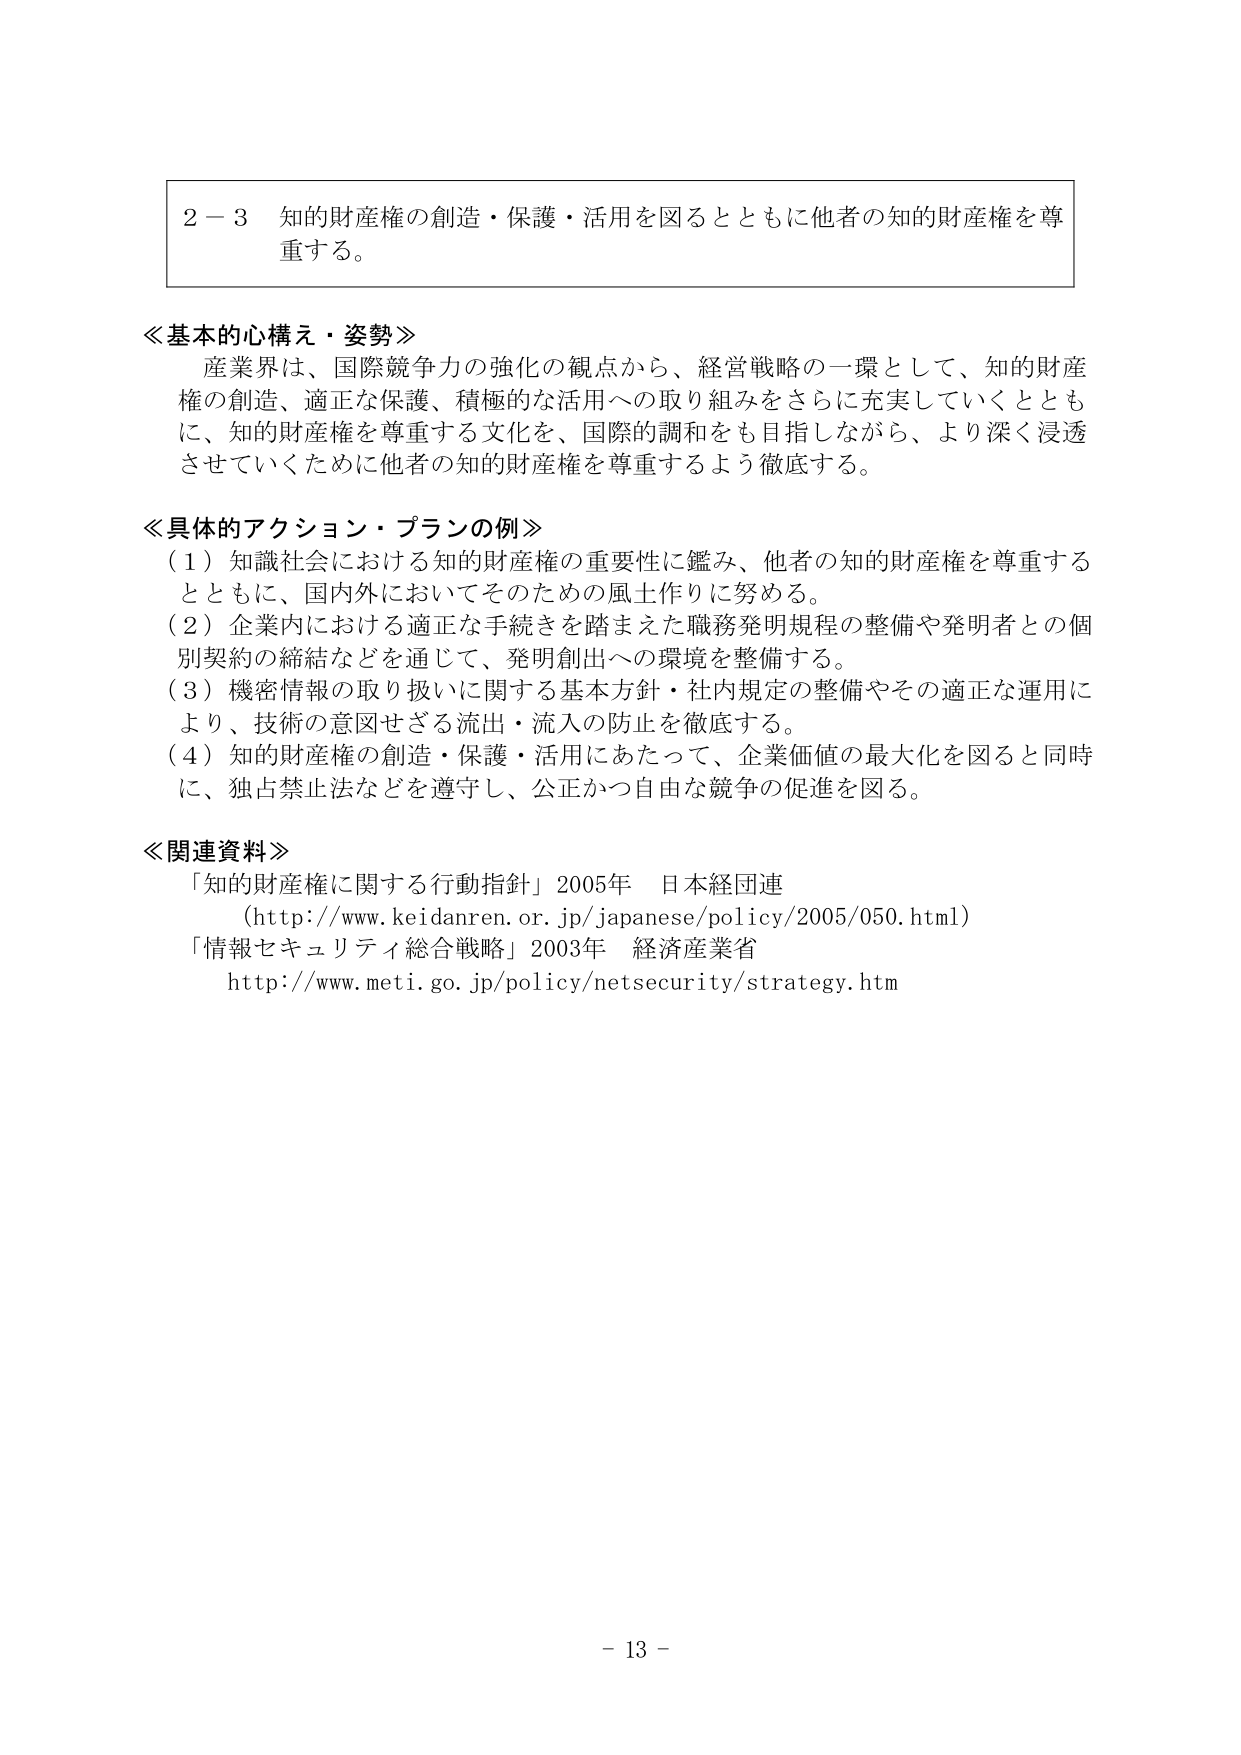
２－３ 知的財産権の創造・保護・活用を図るとともに他者の知的財産権を尊重する。

≪基本的心構え・姿勢≫
産業界は、国際競争力の強化の観点から、経営戦略の一環として、知的財産権の創造、適正な保護、積極的な活用への取り組みをさらに充実していくとともに、知的財産権を尊重する文化を、国際的調和をも目指しながら、より深く浸透させていくために他者の知的財産権を尊重するよう徹底する。

≪具体的アクション・プランの例≫
（１）知識社会における知的財産権の重要性に鑑み、他者の知的財産権を尊重するとともに、国内外においてそのための風土作りに努める。
（２）企業内における適正な手続きを踏まえた職務発明規程の整備や発明者との個別契約の締結などを通じて、発明創出への環境を整備する。
（３）機密情報の取り扱いに関する基本方針・社内規定の整備やその適正な運用により、技術の意図せざる流出・流入の防止を徹底する。
（４）知的財産権の創造・保護・活用にあたって、企業価値の最大化を図ると同時に、独占禁止法などを遵守し、公正かつ自由な競争の促進を図る。

≪関連資料≫
「知的財産権に関する行動指針」2005年 日本経団連
（http://www.keidanren.or.jp/japanese/policy/2005/050.html）
「情報セキュリティ総合戦略」2003年 経済産業省
http://www.meti.go.jp/policy/netsecurity/strategy.htm

－ 13 －